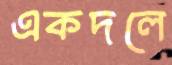
একদলে